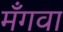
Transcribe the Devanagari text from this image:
मँगवा